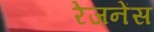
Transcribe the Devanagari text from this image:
रेजनेंस